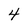
Character: 4